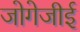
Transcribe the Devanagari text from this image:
जोगेजीई